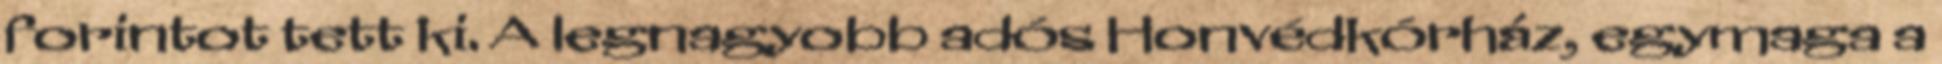
forintot tett ki. A legnagyobb adós Honvédkórház, egymaga a